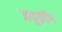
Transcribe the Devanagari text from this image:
जपुकोंग